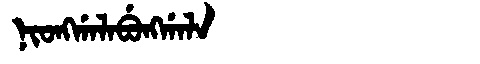
Manchu: ᠨᡳᠣᠩᡤᠠᠯᠠᠪᡠᠩᡤᠠᠯᠠ
Romanization: NIONGGALABUNGGALA